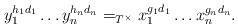
LaTeX: \begin{align*}y_1^{h_1 d_1} \ldots y_n^{h_n d_n} =_{T^\times} x_1^{g_1 d_1} \ldots x_n^{g_n d_n}.\end{align*}